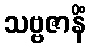
သဗ္ဗဇာနိံ